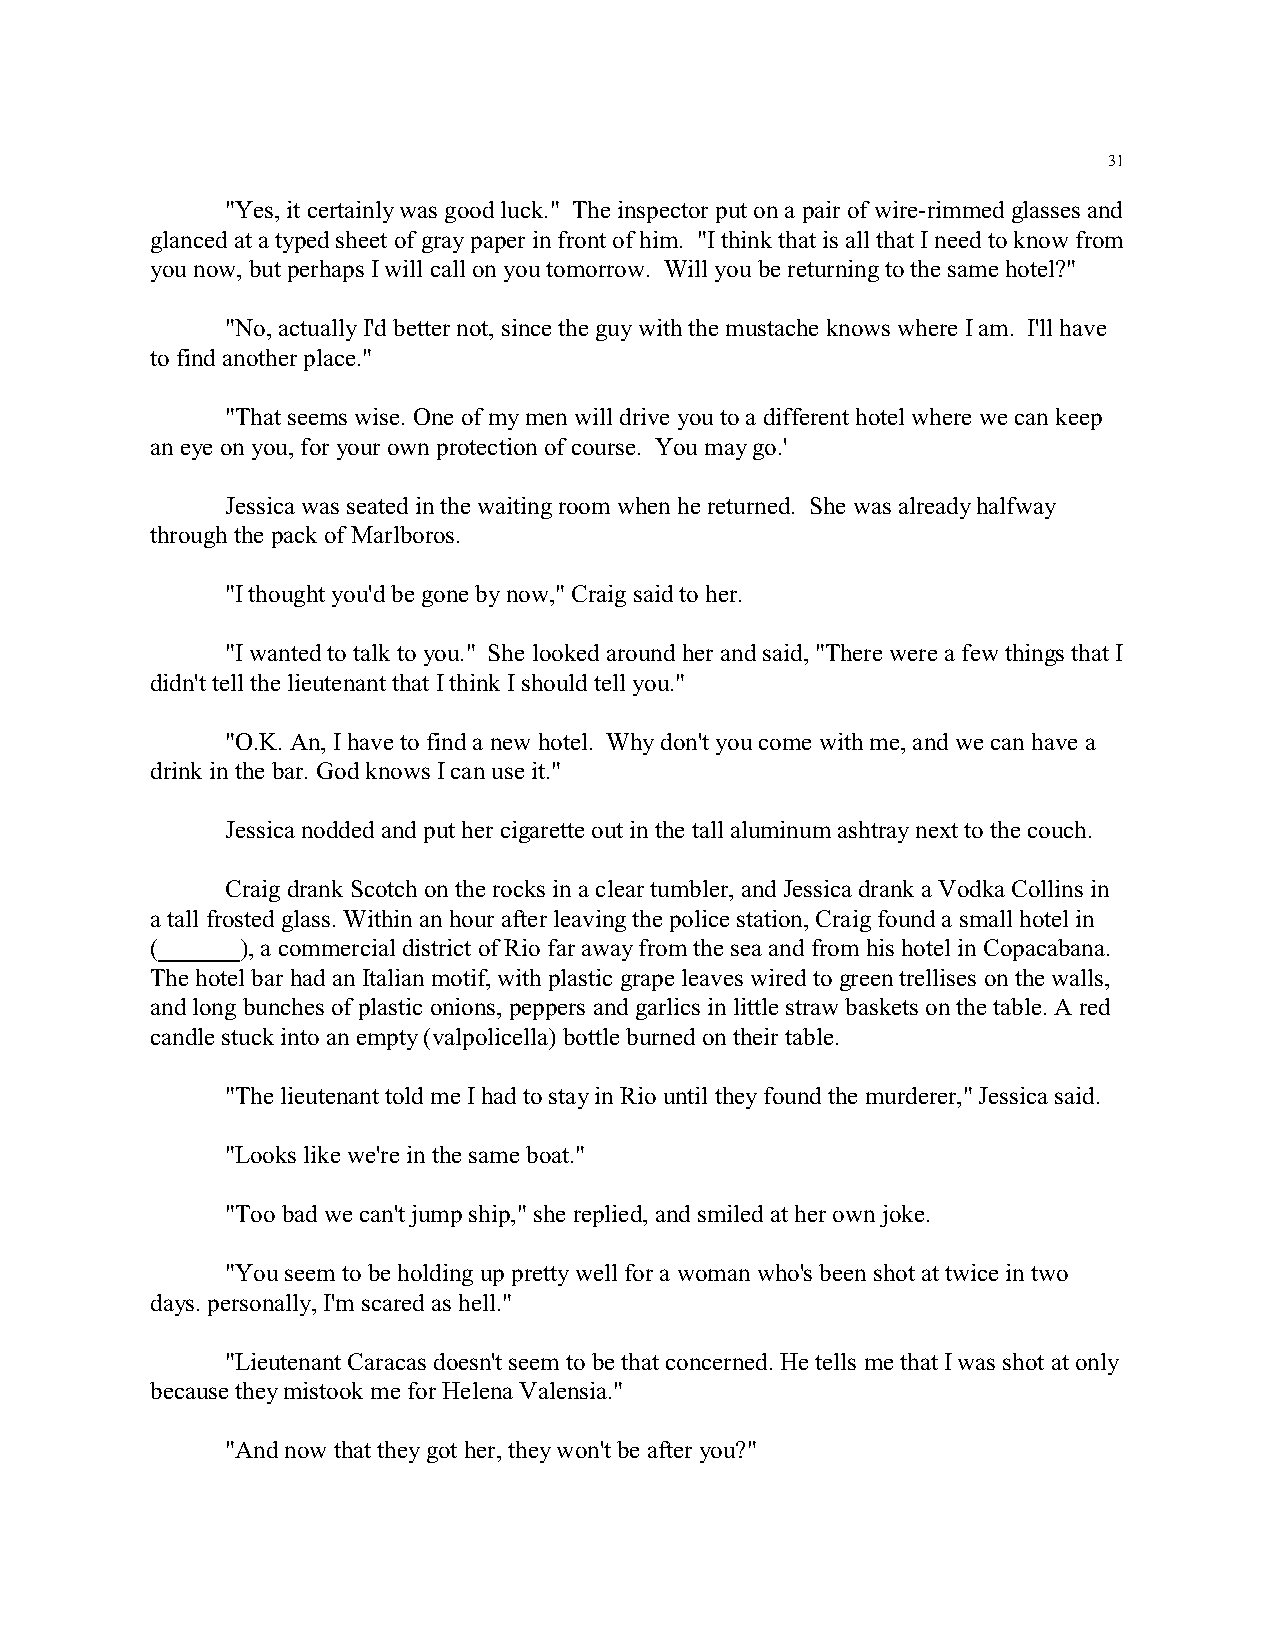
31
 "Yes, it certainly was good luck." The inspector put on a pair of wire-rimmed glasses and
 glanced at a typed sheet of gray paper in front of him. "I think that is all that I need to know from
 you now, but perhaps I will call on you tomorrow. Will you be returning to the same hotel?"
 "No, actually I'd better not, since the guy with the mustache knows where I am. I'll have
 to find another place."
 "That seems wise. One of my men will drive you to a different hotel where we can keep
 an eye on you, for your own protection of course. You may go.'
 Jessica was seated in the waiting room when he returned. She was already halfway
 through the pack of Marlboros.
 "I thought you'd be gone by now," Craig said to her.
 "I wanted to talk to you." She looked around her and said, "There were a few things that I
 didn't tell the lieutenant that I think I should tell you."
 "O.K. An, I have to find a new hotel. Why don't you come with me, and we can have a
 drink in the bar. God knows I can use it."
 Jessica nodded and put her cigarette out in the tall aluminum ashtray next to the couch.
 Craig drank Scotch on the rocks in a clear tumbler, and Jessica drank a Vodka Collins in
 a tall frosted glass. Within an hour after leaving the police station, Craig found a small hotel in
 (     ), a commercial district of Rio far away from the sea and from his hotel in Copacabana.
 The hotel bar had an Italian motif, with plastic grape leaves wired to green trellises on the walls,
 and long bunches of plastic onions, peppers and garlics in little straw baskets on the table. A red
 candle stuck into an empty (valpolicella) bottle burned on their table.
 "The lieutenant told me I had to stay in Rio until they found the murderer," Jessica said.
 "Looks like we're in the same boat."
 "Too bad we can't jump ship," she replied, and smiled at her own joke.
 "You seem to be holding up pretty well for a woman who's been shot at twice in two
 days. personally, I'm scared as hell."
 "Lieutenant Caracas doesn't seem to be that concerned. He tells me that I was shot at only
 because they mistook me for Helena Valensia."
 "And now that they got her, they won't be after you?"